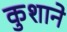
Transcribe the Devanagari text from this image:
कुशाने